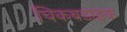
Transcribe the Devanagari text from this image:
चिकबडाइक